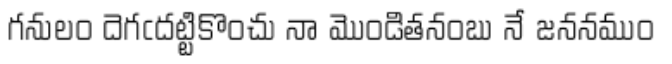
గనులం దెగఁదట్టికొంచు నా మొండితనంబు నే జననముం